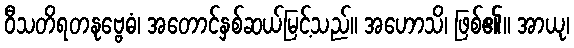
ဝီသတိရတနုဗ္ဗေဓံ၊ အတောင်နှစ်ဆယ်မြင့်သည်။ အဟောသိ၊ ဖြစ်၏။ အာယု၊